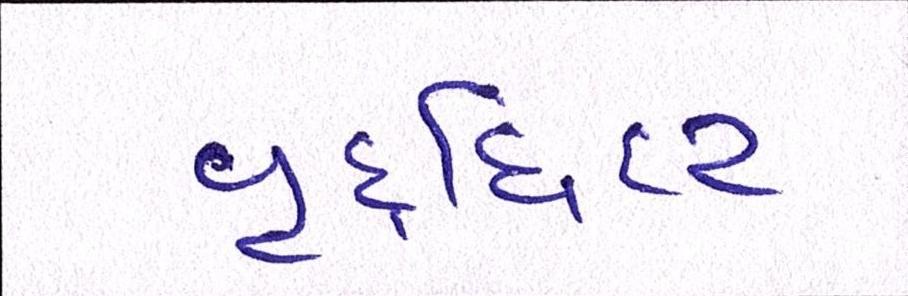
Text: વૃદ્ધિદર